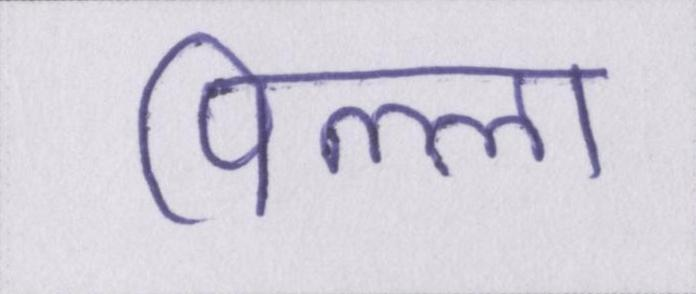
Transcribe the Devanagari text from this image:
पिल्ला